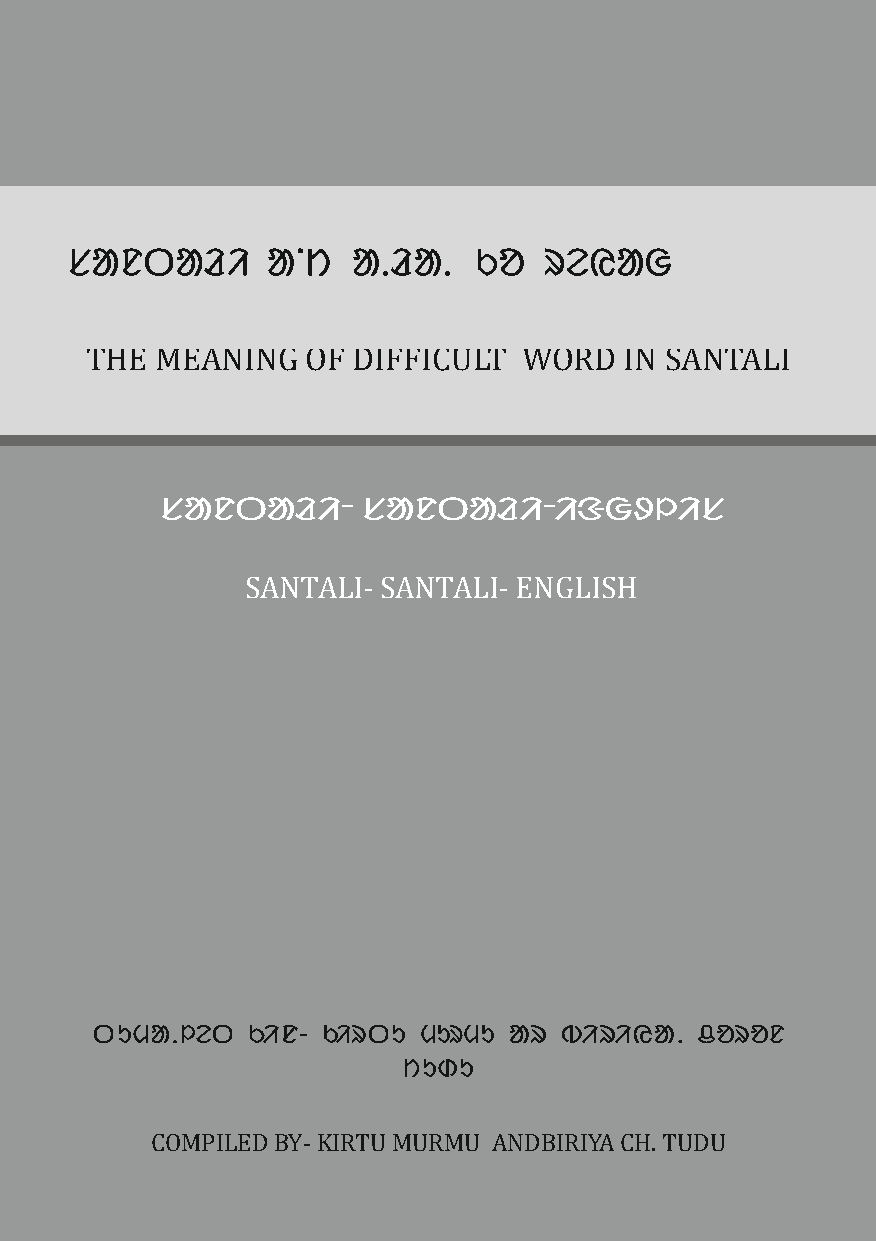
THE MEANING   OF DIFFICULT   WORD  IN SANTALI
 ᱥᱟᱱᱛᱟᱲᱤᱼ     ᱥᱟᱱᱛᱟᱲᱤᱼᱤᱝᱜᱽᱞᱤᱥ
 SANTALI- SANTALI- ENGLISH
 ᱛᱩᱢᱟᱹᱞᱮᱛ  ᱠᱤᱱ- ᱠᱤᱨᱛᱩ  ᱢᱩᱨᱢᱩ ᱟᱨ ᱵᱤᱨᱤᱭᱟᱹ  ᱪᱚᱨᱚᱱ
 ᱴᱩᱰᱩ
 COMPILED BY- KIRTU MURMU ANDBIRIYA CH. TUDU